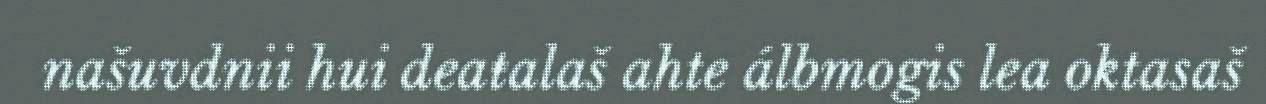
našuvdnii hui deaŧalaš ahte álbmogis lea oktasaš